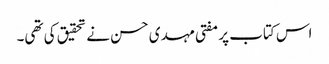
اس کتاب پر مفتی مہدی حسن نے تحقیق کی تھی۔